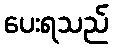
ပေးရသည်